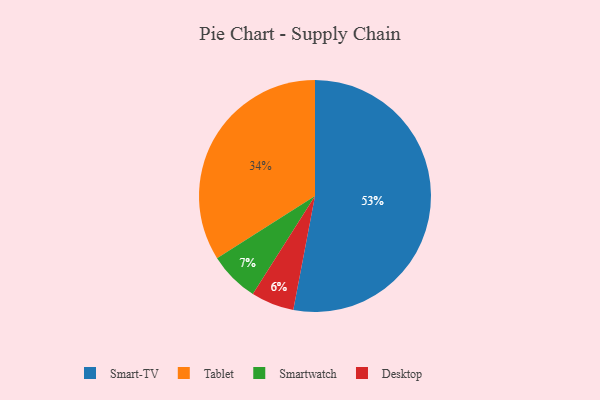
{"axis": {"x": "Category", "y": "Percentage"}, "legend": ["Desktop", "Smart-TV", "Smartwatch", "Tablet"], "data": [{"x": "Tablet", "y": 34, "type": "Tablet"}, {"x": "Smart-TV", "y": 53, "type": "Smart-TV"}, {"x": "Smartwatch", "y": 7, "type": "Smartwatch"}, {"x": "Desktop", "y": 6, "type": "Desktop"}]}